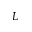
{ \cal L }